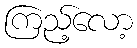
ကြည့်လော့